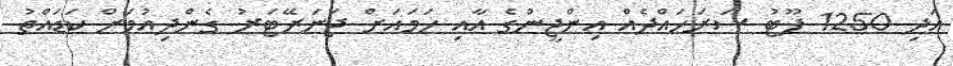
އަދި 1250 ފޫޓު ސަރަހައްދެއް އިންޖީންގެ އާއި ހަމައަށް ޖަނަރޭޓަރު ގެންދިއުމަށް ކަޑައްތު